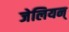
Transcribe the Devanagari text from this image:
जेलियन्